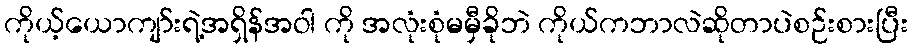
ကိုယ့်ယောကျာ်းရဲ့အရှိန်အဝါ ကို အလုံးစုံမမှီခိုဘဲ ကိုယ်ကဘာလဲဆိုတာပဲစဉ်းစားပြီး